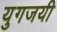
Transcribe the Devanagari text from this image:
युगजयी